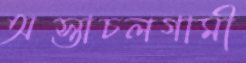
অস্তাচলগামী